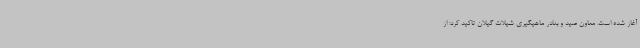
آغاز شده است. معاون صید و بنادر ماهیگیری شیلات گیلان تاکید کرد: از